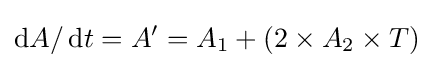
\operatorname {d} \!A/\operatorname {d} \!t=A'=A_{1}+(2\times A_{2}\times T)